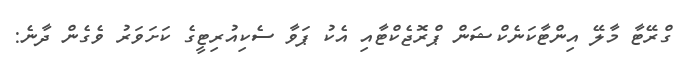
ގްރޭޓާ މާލޭ އިންޓާކަނެކްޝަން ޕްރޮޖެކްޓާއި އެކު ޕަވާ ސެކިއުރިޓީގެ ކަށަވަރު ވެގެން ދާނެ: